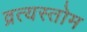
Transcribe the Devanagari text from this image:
व्रत्यस्तोम